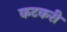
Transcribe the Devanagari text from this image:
कटकरी